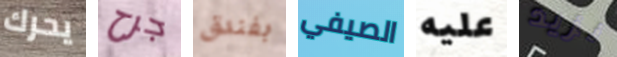
يحرك جرح بفندق الصيفي عليه نزيد